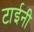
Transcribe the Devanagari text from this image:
टाईनी